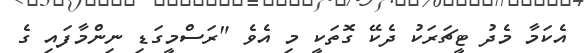
އެކަމާ މެދު ޓީޗަރަކު ދެކޭ ގޮތަކީ މި އެވެ "ރަސްމީގަޑި ނިންމާފައި ގެ